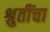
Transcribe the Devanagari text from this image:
श्रुतींचा